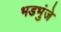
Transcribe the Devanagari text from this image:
भडभुंजे